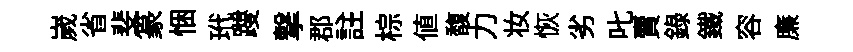
嵗省斐篆悃玳躞撃郡註棕值馥力妆恢劣叱賣録鐵容廉